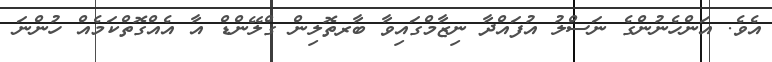
އެވެ. އަންހެނުންގެ ނަސްލު އުފައްދާ ނިޒާމްގައިވާ ބާރތޮލިން ގްލޭންޑް އާ އެއްގޮތްކަމެއް ހުންނަ